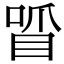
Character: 𠷒